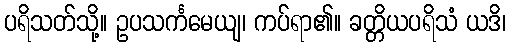
ပရိသတ်သို့။ ဥပသင်္ကမေယျ၊ ကပ်ရာ၏။ ခတ္တိယပရိသံ ယဒိ၊